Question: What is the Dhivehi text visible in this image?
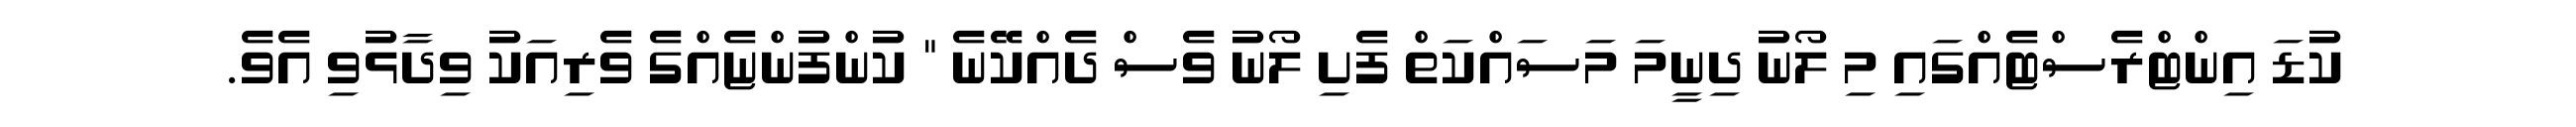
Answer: ކުޑަ އިންޓްރެސްޓެއްގައި މި ލޯނު ދިނީމަ މަސައްކަތް ފެށި ލޯނު ވެސް ދެއްކޭނެ " ކުންފުންޏެއްގެ ވެރިއަކު ވިދާޅުވި އެވެ.